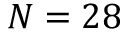
N = 2 8